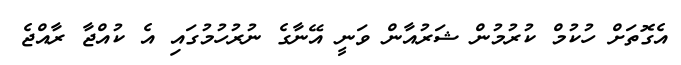
އެގޮތަށް ހުކުމް ކުރުމުން ޝަރުއާން ވަނީ އޭނާގެ ނުރުހުމުގައި އެ ކުއްޖާ ރާއްޖެ